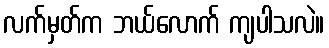
လက်မှတ်က ဘယ်လောက် ကျပါသလဲ။